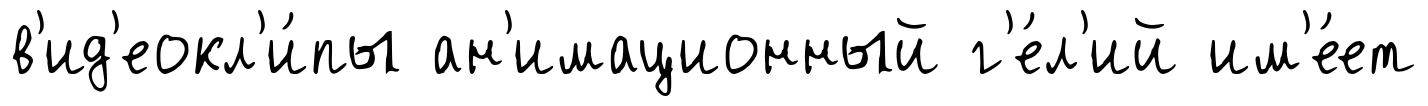
в'ид'еокл'и́пы ан'имационный г'е́л'ий им'е́ет